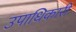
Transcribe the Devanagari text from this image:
उपाधिकारी